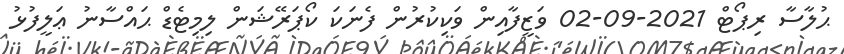
ޙުލާސާ ރިޕޯޓް 2021-09-02 ވަޒީފާއިން ވަކިކުރުން ފެނަކަ ކޯޕަރޭޝަން ލިމިޓެޑް ޙައްސާނު ޢަލީފުޅު